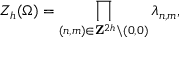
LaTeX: { \cal Z } _ { h } ( \Omega ) = \prod _ { ( n , m ) \in { \bf Z } ^ { 2 h } \backslash { ( 0 , 0 ) } } \lambda _ { n , m } ,